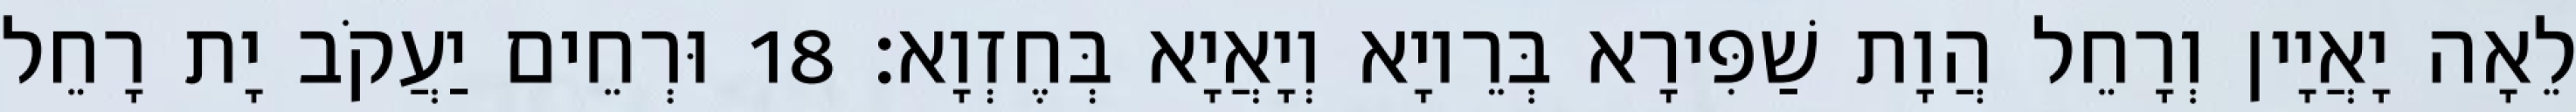
לֵאָה יָאֲיָין וְרָחֵל הֲוָת שַׁפִּירָא בְּרֵיוָא וְיָאֲיָא בְּחֶזְוָא׃ 18 וּרְחֵים יַעֲקֹב יָת רָחֵל